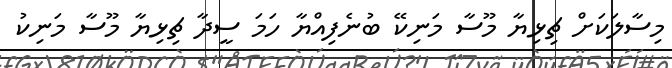
މިސާލަކަށް ޗިޅިޔާ މޫސާ މަނިކޭ ބުނެފިއްޔާ ހަމަ ސީދާ ޗިޅިޔާ މޫސާ މަނިކު